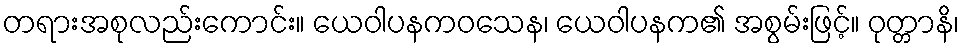
တရားအစုလည်းကောင်း။ ယေဝါပနကဝသေန၊ ယေဝါပနက၏ အစွမ်းဖြင့်။ ဝုတ္တာနိ၊